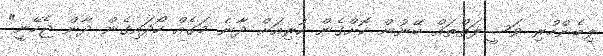
ލިބެންހުރި ވަސީލަތްތައް ބޭނުން ކޮށްގެން ކުރިއަށް ދާނެ މަގެއް ހޯދައިގެން ދާން ޖެހޭނީ"